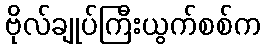
ဗိုလ်ချုပ်ကြီးယွက်စစ်က